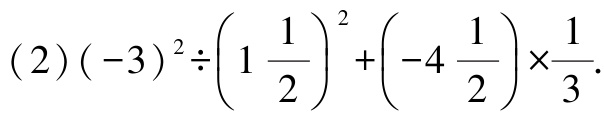
\((2)(-3)^{2}\div\left(1\frac{1}{2}\right)^{2}+\left(-4\frac{1}{2}\right)\times\frac{1}{3}\)